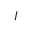
{ \boldsymbol { I } }